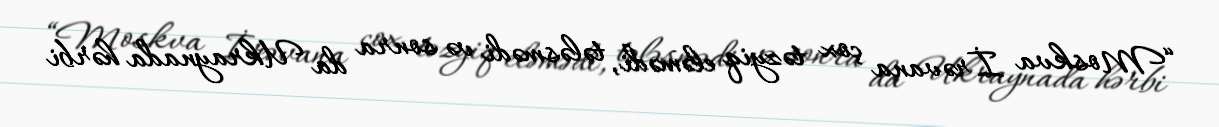
“Moskva İrəvana çox təzyiq eləmədi, tələsmədi və sonra da Ukraynada hərbi